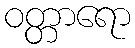
ဝတ္တာရော